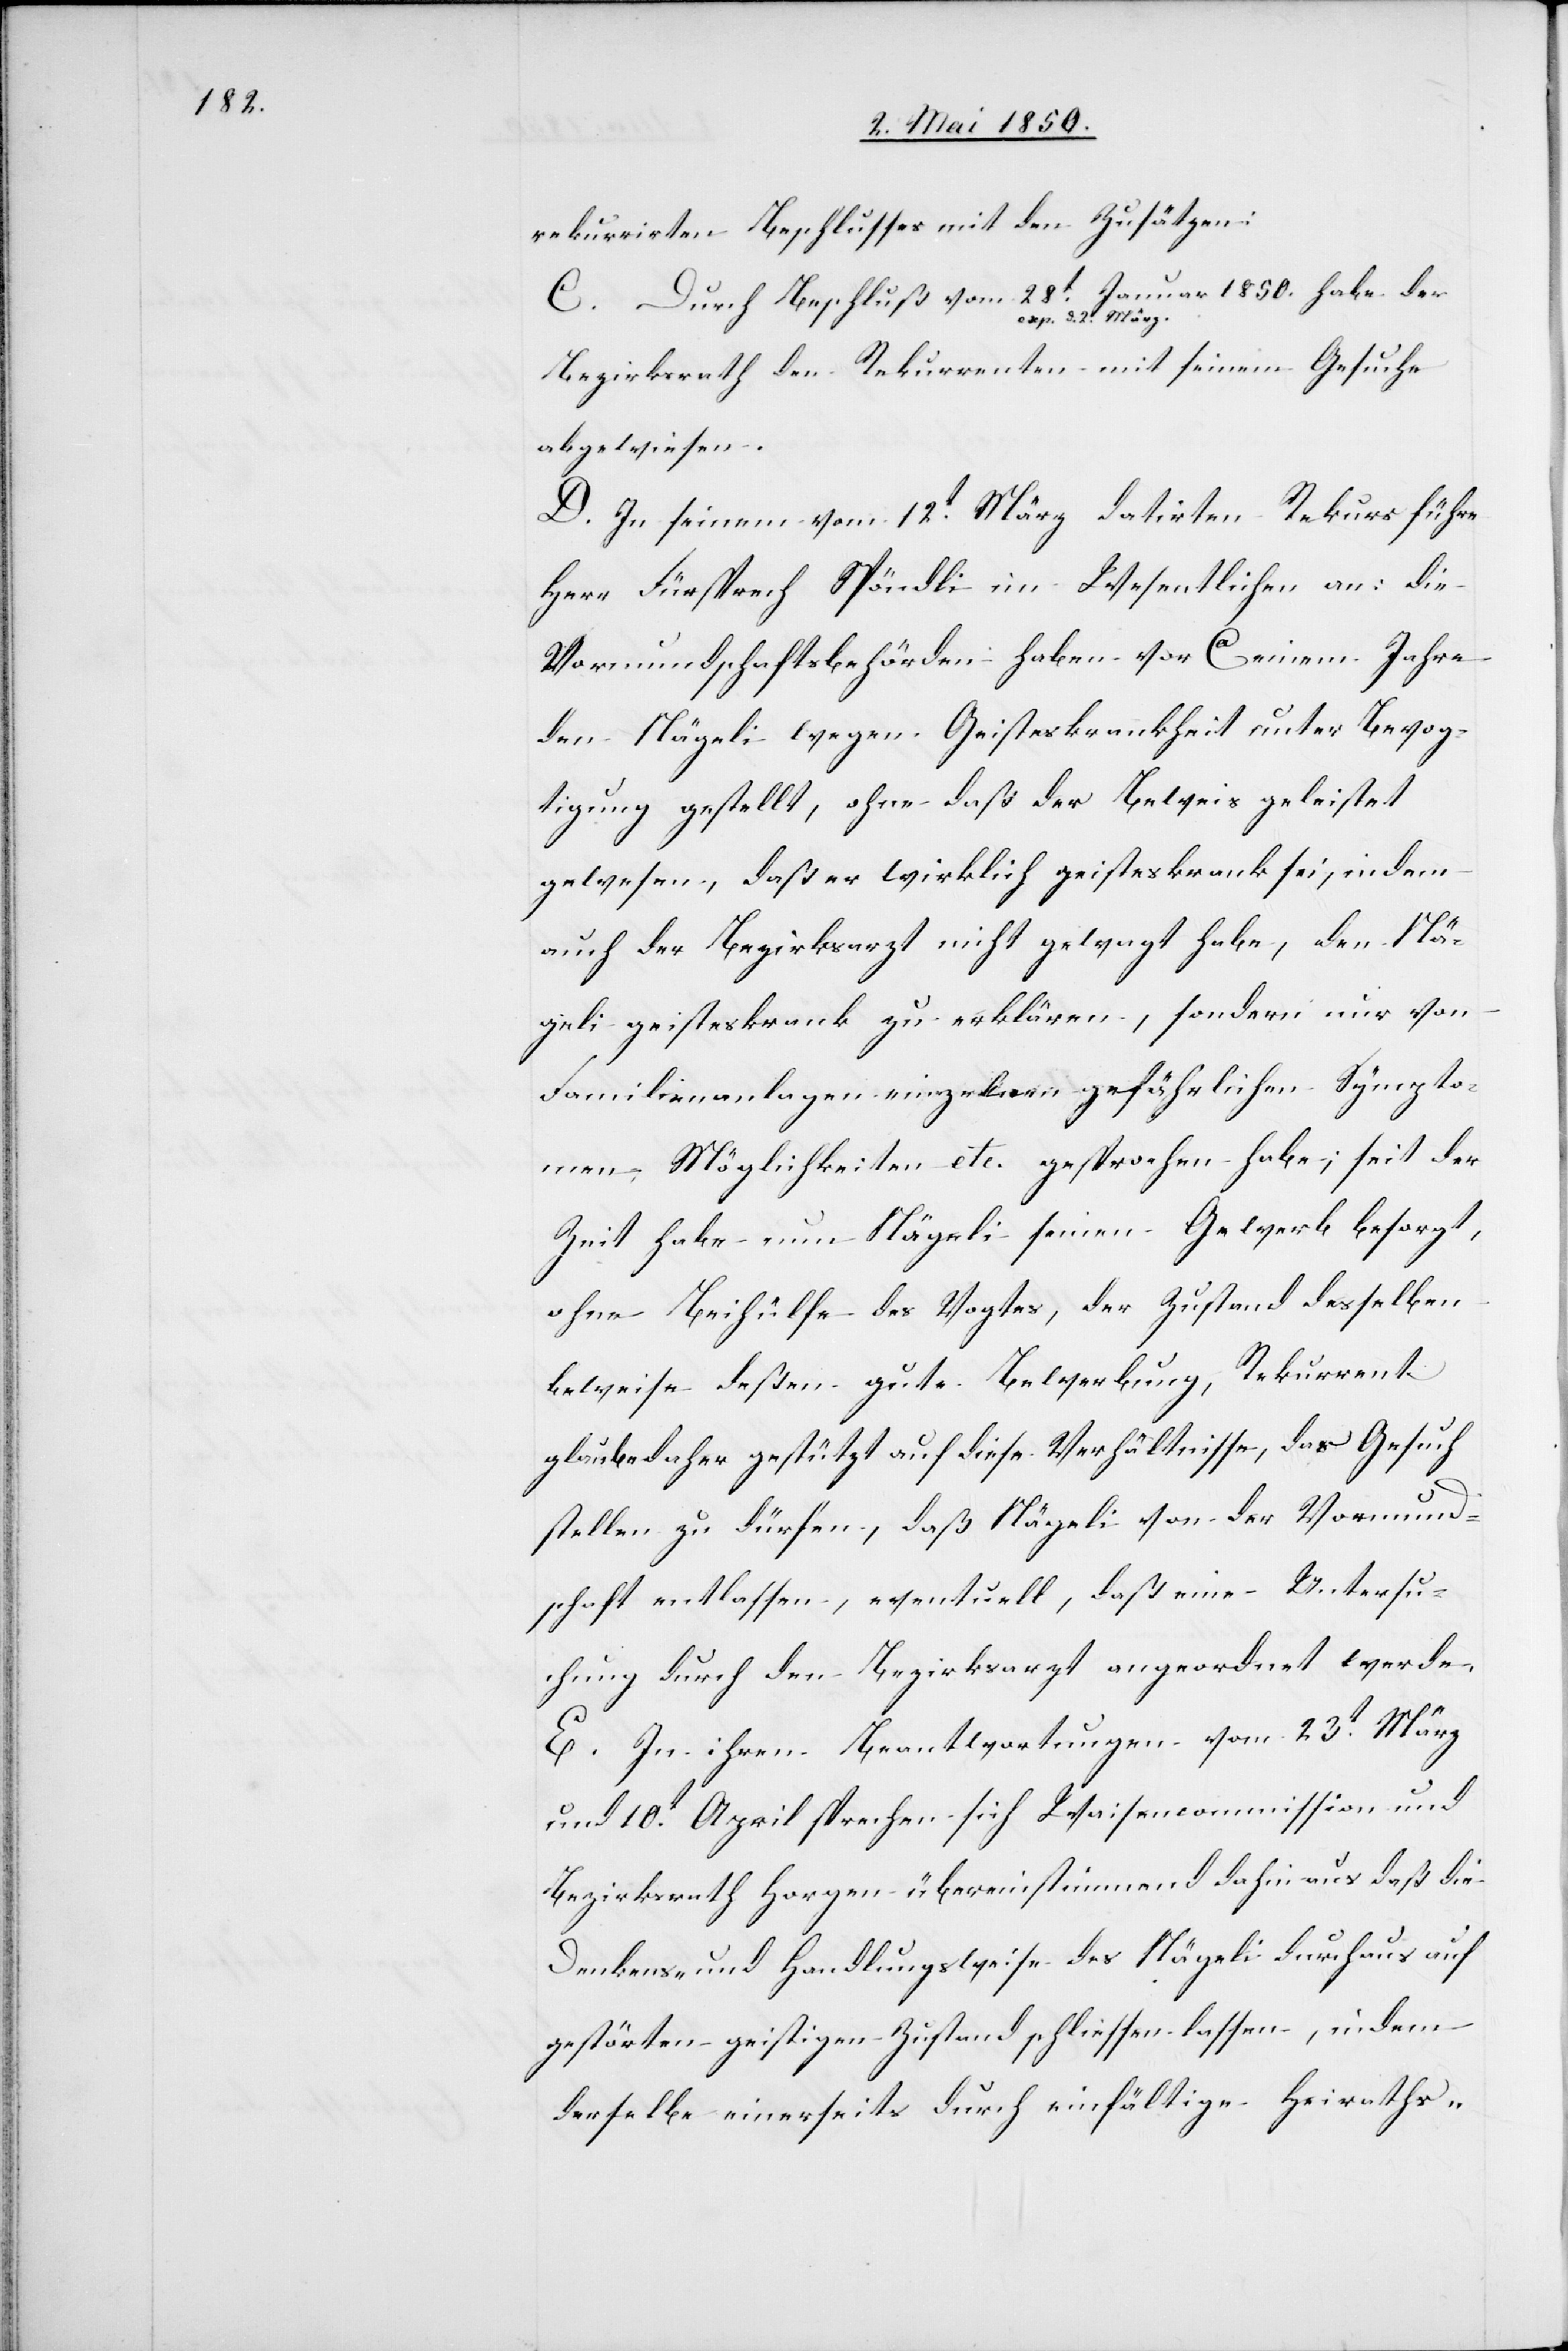
2. März.-a 1850.
rekurrirten Beschlusses mit den Zusätzen:
C. Durch Beschluß vom 28t Januar a-exp. d.
Bezirksrath den Rekurrenten mit seinem Gesuche
abgewiesen.
D. In seinem vom 12t März datirten Rekurs führe
Herr Fürsprech Spöndli im Wesentlichen an: die
Vormundschaftsbehörden haben vor Ca einem Jahre
den Nägeli wegen Geisteskrankheit unter Bevog¬
tigung gestellt, ohne daß der Beweis geleistet
gewesen, daß er wirklich geisteskrank sei, indem
auch der Bezirksarzt nicht gewagt habe, den Nä¬
geli geisteskrank zu erklären, sondern nur von
Familienanlagen[,] einzelnen gefährlichen Sympto¬
men, Möglichkeiten etc. gesprochen habe; seit der
Zeit habe nun Nägeli seinen Gewerb besorgt,
ohne Beihülfe des Vogtes, der Zustand desselben
beweise deßen gute Bewerbung, Rekurrent
glaube daher gestützt auf diese Verhältnisse, das Gesuch
stellen zu dürfen, daß Nägeli von der Vormund¬
schaft entlassen, eventuell, daß eine Untersu¬
chung durch den Bezirksarzt angeordnet werde.
E. In ihren Beantwortungen vom 23t März
und 10t April sprechen sich Waisencommission und
Bezirksrath Horgen übereinstimmend dahin aus daß die
Denkens- und Handlungsweise des Nägeli durchaus auf
gestörten geistigen Zustand schliessen lassen, indem
derselbe einerseits durch einfältige Heiraths-